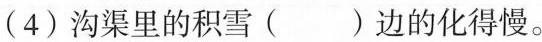
(4) 沟渠里的积雪( )边的化得慢。